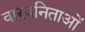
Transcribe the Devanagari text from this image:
वारवनिताओं